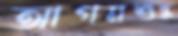
আগমশুল্ক